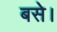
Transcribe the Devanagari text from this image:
बसेे।